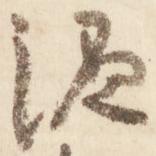
源